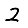
Digit: 2